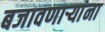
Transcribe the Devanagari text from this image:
बजावणाऱ्यांना